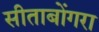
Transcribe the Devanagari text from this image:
सीताबोंगरा